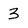
Character: 3